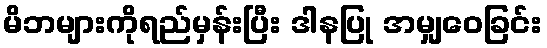
မိဘများကိုရည်မှန်းပြီး ဒါနပြု အမျှဝေခြင်း